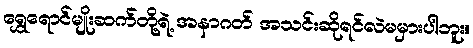
ရွှေရောင်မျိုးဆက်တို့ရဲ့ အနာဂတ် အသင်းဆိုရင်လဲမမှားပါဘူး။